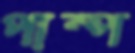
পাম্প